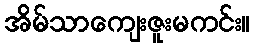
အိမ်သာကျေးဇူးမကင်း။